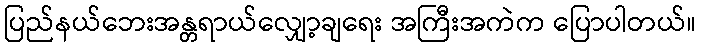
ပြည်နယ်ဘေးအန္တရာယ်လျှော့ချရေး အကြီးအကဲက ပြောပါတယ်။